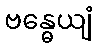
ဗန္ဓေယျံ